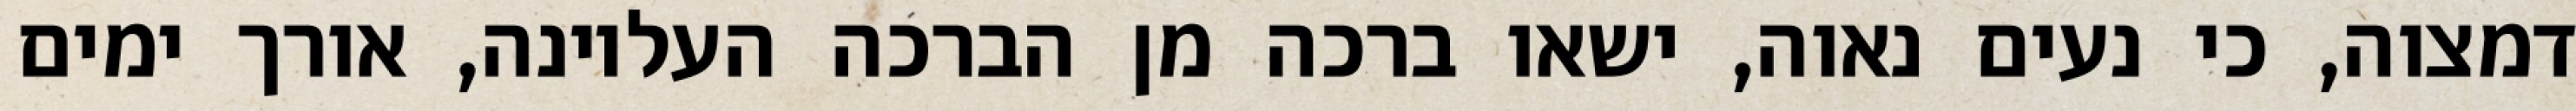
דמצוה, כי נעים נאוה, ישאו ברכה מן הברכה העליונה, אורך ימים